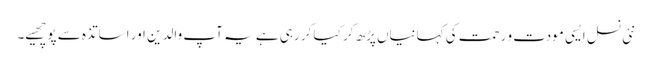
نئی نسل ایسی مودت و رحمت کی کہانیاں پڑھ کر کیا کر رہی ہے یہ آپ والدین اور اساتذہ سے پوچھیے۔